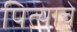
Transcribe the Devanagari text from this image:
पित्‍याचे